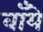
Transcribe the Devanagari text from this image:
वाँये